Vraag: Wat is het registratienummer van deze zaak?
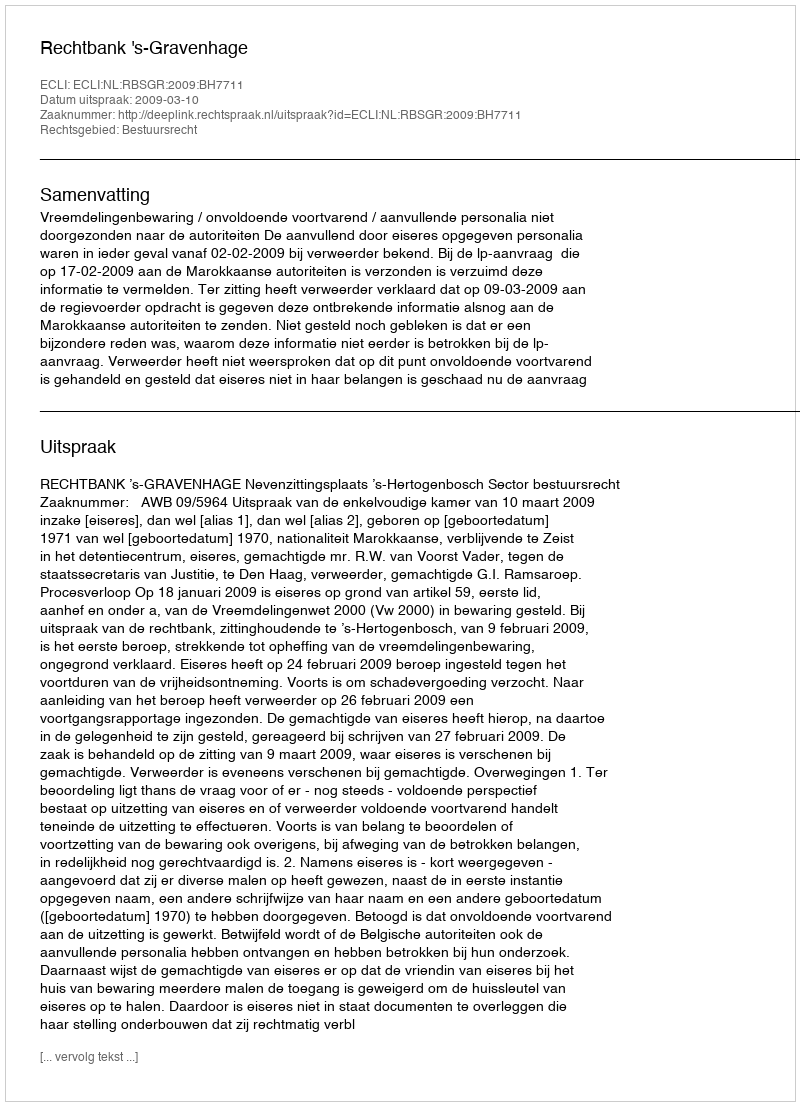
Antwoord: http://deeplink.rechtspraak.nl/uitspraak?id=ECLI:NL:RBSGR:2009:BH7711